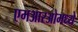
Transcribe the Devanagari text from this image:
एमआरओमध्ये